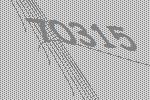
70315